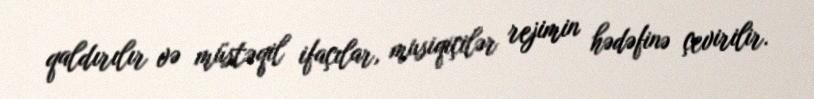
qaldırılır və müstəqil ifaçılar, musiqiçilər rejimin hədəfinə çevirilir.